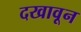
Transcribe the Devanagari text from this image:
दखावून